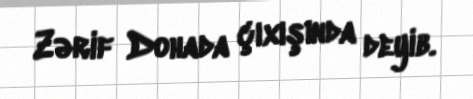
Zərif Dohada çıxışında deyib.